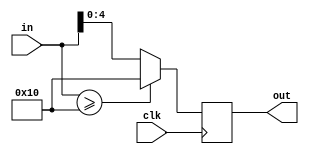

module test (clk, in, out);
   input clk;
   input [15:0] in;
   output [4:0] out;

   reg [4:0] out;
   (* ivl_synthesis_on *)
   always @(posedge clk) begin
      // In PR#685, this caused an assertion with iverilog -S
      out = (in >= 16) ? 16 : in;
   end

endmodule

module main;

   reg clk;
   reg [15:0] value;
   wire [4:0] sat;

   test dut (clk, value, sat);

   (* ivl_synthesis_off *)
   initial begin
      value = 0;
      clk = 1;
      for (value = 0 ;  value < 'h15 ;  value = value+1) begin
	 #1 clk = 0;
	 #1 clk = 1;
	 #1 if ((value > 16) && (sat !== 5'd16)) begin
	    $display("FAILED -- value=%d, sat=%b", value, sat);
	    $finish;
	 end

	 if ((value <= 16) && (value !== sat)) begin
	    $display("FAILED -- value=%d, sat=%b", value, sat);
	    $finish;
	 end
      end // for (value = 0 ;  value < 'h15 ;  value = value+1)

      $display("PASSED");
   end // initial begin

endmodule // main